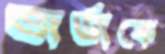
জর্জকে